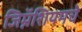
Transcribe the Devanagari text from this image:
जिम्नॅशियमचे